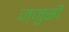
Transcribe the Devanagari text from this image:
जजुसी